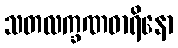
သတလက္ခဏဓာရိနော